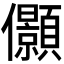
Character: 𰃉